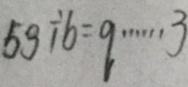
5 9 \div 6 = 9 \cdots 3